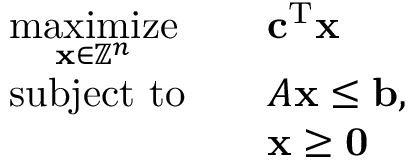
{ \begin{array} { r l r l } & { { \underset { \mathbf { x } \in \mathbb { Z } ^ { n } } { \mathrm { m a x i m i z e } } } } & & { \mathbf { c } ^ { \mathrm { T } } \mathbf { x } } \\ & { { \mathrm { s u b j e c t ~ t o } } } & & { A \mathbf { x } \leq \mathbf { b } , } \\ & { } & & { \mathbf { x } \geq \mathbf { 0 } } \end{array} }